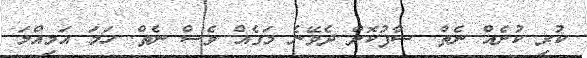
ކުރި ކުށެއް ނެތް. ސާފުކޮށް ދެވޭނެ މަގެއް ވެސް ނެތް. ހަމަ އަމިއްލަ